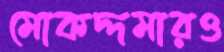
মোকদ্দমারও